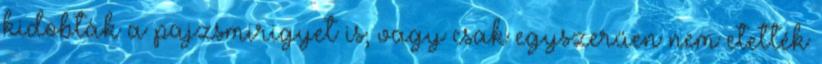
kidobták a pajzsmirigyet is; vagy csak egyszerűen nem etették